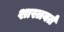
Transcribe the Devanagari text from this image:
शास्त्रवर्त